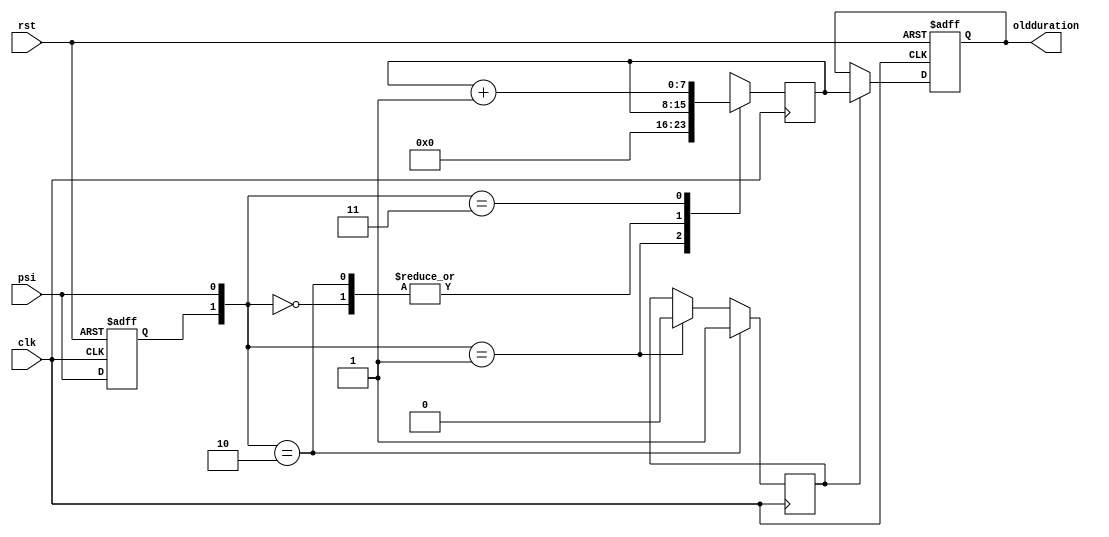
module display (input psi, clk, rst,
			                 output reg [7:0] oldduration);
   reg  [7:0] duration;
   reg enable;
   reg oldpsi;
   //reg [7:0]oldduration;
   wire[3:0] bcd_0, bcd_1, bcd_2;
    always @(posedge clk, posedge rst) 
      if (rst) 
        oldpsi <= 1'b0;
      else 
	    oldpsi <= psi;
      
    always @(posedge clk) begin
         case ({oldpsi,psi})
         2'b00: duration <= duration;
         2'b01: duration <= 8'b0;
         2'b10: duration <= duration;
         2'b11: duration <= duration+1;
         endcase
    end
  
  // The signal "enable"  gets 1 when psi goes to zero, to start the display procedure 
    always @(posedge clk) begin
            if ({oldpsi,psi}==2'b10) 
				enable<=1'b1;
 			   else
 			if ({oldpsi,psi}==2'b01)   
				enable<=1'b0;   
	end
	
	always @ (posedge clk, posedge rst) begin
	    if (rst) begin 
			oldduration <= 8'h0;
	    end
	    else if (enable) begin
     	    oldduration<= duration; 
       end
	end
endmodule